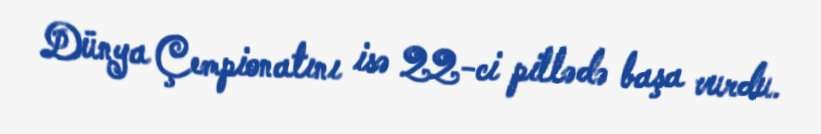
Dünya Çempionatını isə 22-ci pillədə başa vurdu.